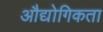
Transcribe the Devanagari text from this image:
औद्योगिकता